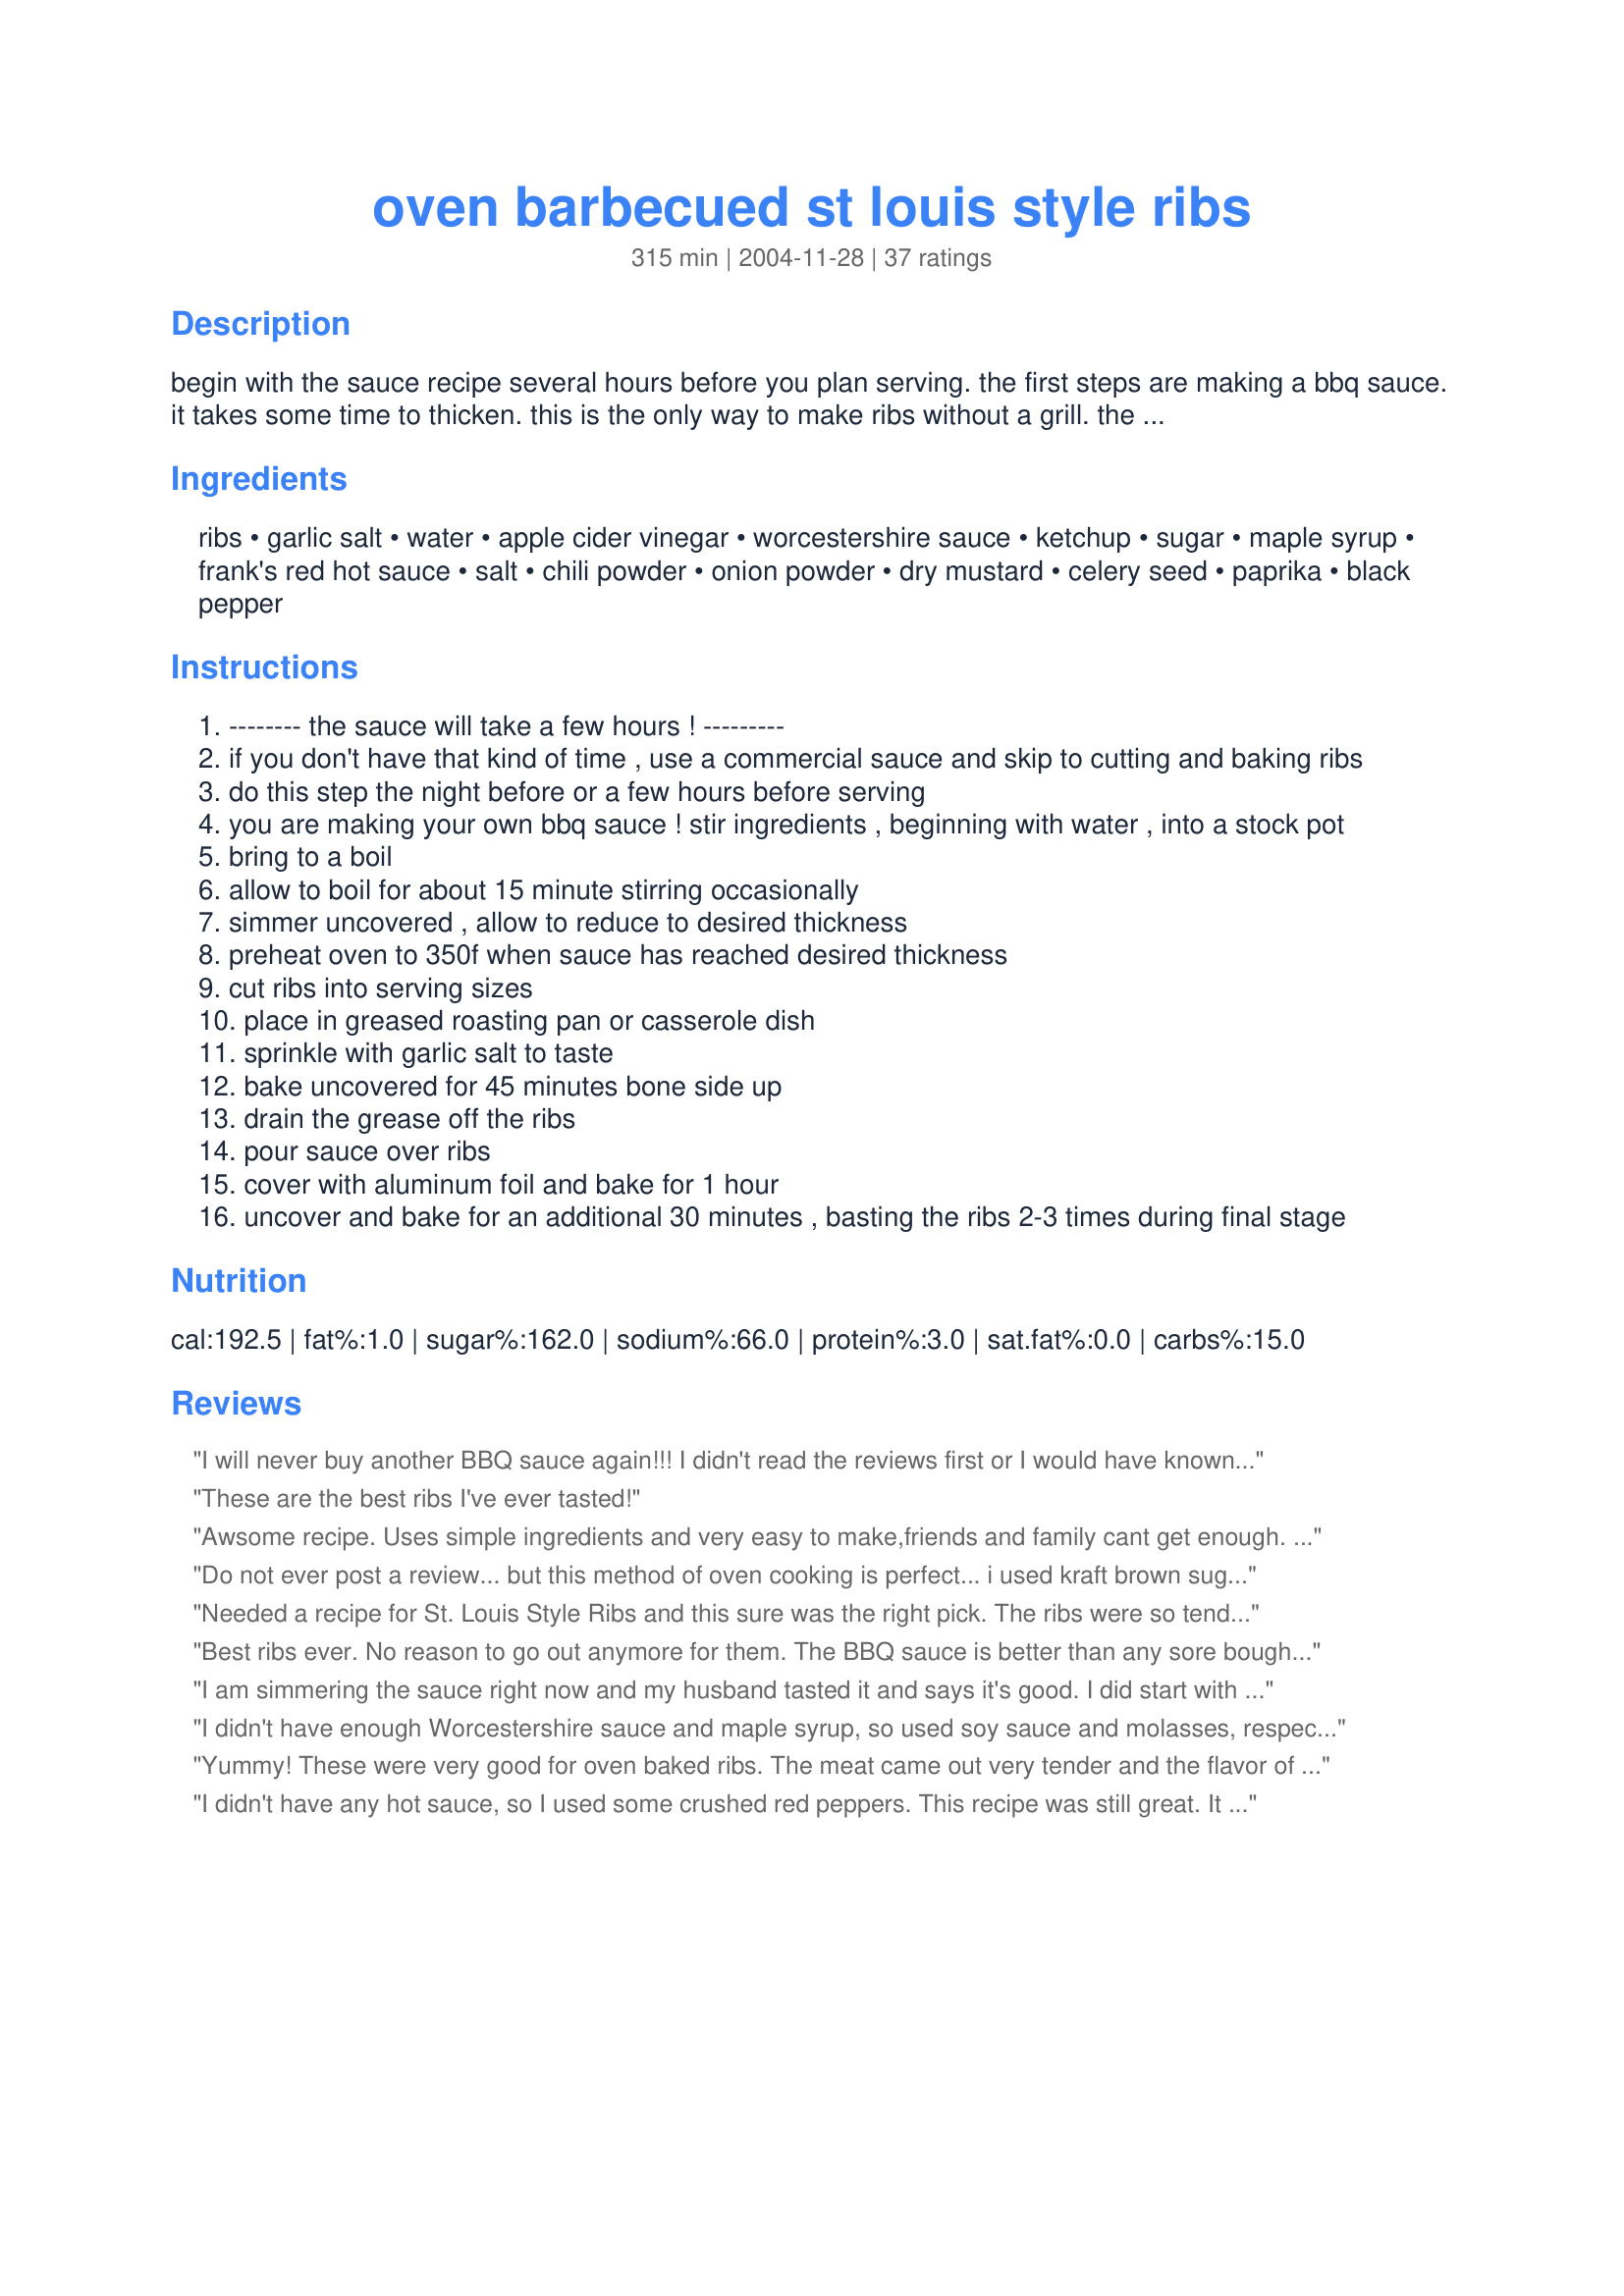
oven barbecued st louis style ribs
Preparation time: 315 minutes

begin with the sauce recipe several hours before you plan serving. the first steps are making a bbq sauce. it takes some time to thicken.

this is the only way to make ribs without a grill. the sauce recipe delivers a sweet-sour tang with a little bite from the vinegar. the ribs always turn out "fallin' off the bone" tender. do not be afraid of the amount of ingredients in this recipe. the bbq sauce can be used on anything. (for an easier time, use a commercial sauce.)

after some reviews i have read, i need to revise my recipe. boiling or simmering the sauce helps to draw flavor by allowing it to thicken or cook off the liquid leaving a condensed sauce. this is called "reducing." you are literally making your own bbq sauce.

Ingredients:
ribs, garlic salt, water, apple cider vinegar, worcestershire sauce, ketchup, sugar, maple syrup, frank's red hot sauce, salt, chili powder, onion powder, dry mustard, celery seed, paprika, black pepper

Steps:
-------- the sauce will take a few hours ! ---------
if you don't have that kind of time , use a commercial sauce and skip to cutting and baking ribs
do this step the night before or a few hours before serving
you are making your own bbq sauce ! stir ingredients , beginning with water , into a stock pot
bring to a boil
allow to boil for about 15 minute stirring occasionally
simmer uncovered , allow to reduce to desired thickness
preheat oven to 350f when sauce has reached desired thickness
cut ribs into serving sizes
place in greased roasting pan or casserole dish
sprinkle with garlic salt to taste
bake uncovered for 45 minutes bone side up
drain the grease off the ribs
pour sauce over ribs
cover with aluminum foil and bake for 1 hour
uncover and bake for an additional 30 minutes , basting the ribs 2-3 times during final stage

Reviews:
I will never buy another BBQ sauce again!!! I didn't read the reviews first or I would have known to cut the water way back. Next time, I'll just start with 1/2 cup. It took over an hour for it to simmer down to the desired thickness. If you don't like a sauce too sweet - reduce or cut out the maple syrup. It doesn't really need it. But we like it!!
These are the best ribs I've ever tasted!
Awsome recipe. Uses simple ingredients and very easy to make,friends and family cant get enough. I dont think Ill ever use any other recipe.
Do not ever post a review... but this method of oven cooking is perfect... i used kraft brown sugar bbq sauce.. cooked it to exact times... it was the best ribs ive ever made.. my mom agreed as i made them for her... next time i am going to allow enough time to make the sauce but any sauce you will use is going to work for this method... 5 stars people!
Needed a recipe for St. Louis Style Ribs and this sure was the right pick. The ribs were so tender and my husband loved the sauce. I would have liked a thicker sauce. Will use this recipe again.
Best ribs ever. No reason to go out anymore for them. The BBQ sauce is better than any sore bought. I have made these about a dozen times now and like to make extra sauce to have on hand.
I am simmering the sauce right now and my husband tasted it and says it's good. I did start with only 1 cup of water to save time. I've never done ribs before, nor has my husband, but I liked the idea of cooking these in the oven. I had read other recipes for St. Louis style ribs that talk about removing a membrane. Does anyone have any experience with this and do we need to do that with this recipe? I'll let you know how we like them after they're done. Thanks for the recipe!
I didn't have enough Worcestershire sauce and maple syrup, so used soy sauce and molasses, respectively. Also omitted the red hot sauce. The recipe was fairly easy to prepare, yet the result was relly good. Will try this with a store bought barbeque sauce, too. Thanks!
Yummy! These were very good for oven baked ribs. The meat came out very tender and the flavor of the sauce was really good. I just wonder what the 1 1/2 cups of water was for? I didn't use it, and if I had added it to the sauce the sauce would have been ruined, and never would have thickened up in the time stated. I think the recipe would be better if the water were removed. Thank you for posting!
I didn't have any hot sauce, so I used some crushed red peppers. This recipe was still great. It was easy and the dish was amazing. Grill diehards beware!
I used a little bit more ketchup and a little bit more maple syrup, and I used cayenne because it was what I had on hand. These ribs are delicious. I have tried about five different sweet sour recipes and this is my favorite of that type so far. Thank you for the recipe.
To die for! This is the 3rd time I've made these ribs, and never to I faulter from the St. Louis style, even though baby backs are sometimes less expensive. Thanks for sharing this delicious recipe!
This is a great recipe! I have made it three times already and each time it has turned out just wonderfully. I actually skipped Franks Hot Sauce (we&#039;re not into really hot, spicy food) and added 2 tsp of Liquid Smoke each time I made it and it sends this already amazing recipe through the roof (after all, what&#039;s BBQ sauce without liquid smoke?).

All this said, I do want to add that you HAVE to take your time making this recipe and allow it to REDUCE. You just have to. I noticed from some reviews that some people seem to be too impatient to let it reduce to a thick sauce, then complain it is too thin. Mine has always turned out nice and thick. But I spend a good one to two hours or so letting it reduce, until it reaches the consistency I want (basically the consistency of store bought BBQ sauce). Also, keep in mind that at first the sauce may taste like it has too much vinegar. That changes as the sauce reduces. Some said the sauce was &#039;too sweet.&#039; I find it just right, but then again, I am not making this sauce to eat it by the spoonful...
Easy to throw together, a great BBQ option when the grill is rained out.
This is the best basic bbq Sauce recipe I ever followed! From their it is easy enough to make it more sweet or more tangy. And the chef is right on about celery seed being able to overpower the batch if too much is used. And that alone seems to be the magic ingredient to this sauce!
Wow.. I'm impressed with the recipe and with what folks wrote. My variations were garlic powder instead of garlic salt, and I used KC Masterpiece original bbq sauce (only I mixed in about a 1/3 cup of dry sherry, and a squirt of Sriracha hot sauce to to the bottled sauce). This was so easy and so fabulous! You will have fun making this delicious and easy rib recipe!
I use this recipe EVERY time I cook spare ribs but I got lazy one day and used a store bought bbq sause .It was delicious and the sauce really stuck to the ribs. I cheat every time and I still get the complements without all the effort.Thanks for the wonderful method!
You should bottle this sauce! The ribs turned out perfect. To cut down on time, I used one half cup of water and simmered until very thick. I used siracha hot sauce because that is what I had on hand. This will be my new baked rib recipe. Thank you for submitting it.
Great recipe! This was my first time trying ribs in the oven. I made the sauce as directed, and I think I simmered it for about an hour, and the recipe says a couple of hours, but I liked the sauce the thickness it was after an hour, so cook until you are happy - it really does make a deliciously flavorful sauce. I typically like my BBQ sauce on the sweet side, and my hubby likes it spicy, and this sauce is less sweet than the bottled stuff I would normally reach for, but has fantastic flavors - spice, a little tang, a very little sweetness. I loved it, and so did the hubby and son. Try making it just like the recipe the first time, and adjust to your liking later. I used a large enameled roasting pan with a lid to bake 6 lbs of ribs with this sauce and used the lid to cover instead of the foil. I turned them bone side up until the last 30 minutes, when I started basting, and rotated them as I basted. I could already tell they were getting to the done point as they were tender and starting to come off the bone and the sauce looked baked on to perfection. These were simply wonderful, especially for someone beginning with ribs and for someone who has no smoker, or no BBQ to cook them on. I felt like the control you have with roasting them in a pan and being able to baste them and control the low oven temperature was definitely a plus. My hubby said definitely make them again. Delicious, tender, flavorful.
Just made this today. Like the other reviewers, I did not add the water. The sauce is excellent. My family does not like spicy foods, so I also did not add the hot sauce. I plan on using the BBQ sauce for other things- it&#039;s that good.
An excellent base for a recipe that produces succulent ribs. <br/><br/>A few notes...... the sauce realistically takes more than an hour to do properly. Instead of celery seed, I have substituted different ingredients to varying success. Pumpkin pie seasoning adds a twist and a pinch of lime juice create a unique sauce too.
Wow, I did the sauce with just one cup of water. I followed all the instructions and it&#039;s so amazing. Is very tasteful. It was the best ribs I ever made.
We have tried many recipies for ribs and this has to be the BEST. Everyone raves about the taste and there never seems to be enough to go around, that is a good thing. Great at the cottage or at home!
I have made this a number of times, now, but the secret isn&#039;t in the sauce...it is in the roasting and baking technique. I use a bottled sauce (Sweet Baby Ray&#039;s Original) and follow the rest of the process to a &#039;T&#039;. The ribs come out moist, tender, and, even when I used riblets or baby backs it is AWESOME! I got the best compliment from my hubby, who isn&#039;t usually a &#039;rib&#039; fan...a friend took us to a &#039;rib&#039; joint a few months ago and they are touted as having &quot;The best ribs in downstate Michigan&quot;. Well, mine are BETTER! I will never use another rib recipe, the process in the roasting and baking make them A#1! Thank you so much!
One of my favorite BBQ Ribs. Tangy but sweet, very well balanced. I have made it many times now and it receives rave review everytime. I do alter the recipe a little though. I put very little or no celery seed and I cut down on sugar just a tag. I also skip the hot sauce. It definitely is a recipe worth keeping.
This recipe just leaves the other barbeque sauces in the dirt. I made this once, and decided I would never do any kind of ribs, any other way. Delicious! I followed the directions exactly.
OohOoh Good! If you are not adding the water or your sauce is too thin...you are not simmering for long enough - I boiled mine for a good 25 minutes, cut the boil to a simmer and cooked it for 3 hours. Had to add more liquid twice, I added chicken stock I had leftover. If you don't like it so sweet you could add prepared mustard 1/8th of a cup and only add 1/8th of a cup of maple syrup, or 1/2 cup of catsup and 1/2 cup tomato paste. Came out thick and smoky, ribs were tender and I received raves.
Thank goodness I found your recipe, I Googled last minute. The entire method was super easy to follow and super delicious! Everyone especially my husband loved the ribs. Would make it all over again. I had to make substitutions since I didn&#039;t have all the ingredients and it was still super delicious. Can&#039;t imagine how good it will be next time I add every ingredient listed. :) Thank you!
Delicious! Loved the flavor! Family liked it too! I think I probably boiled the sauce down too far so I won't do that again but the flavor was great! Thanks for the recipe!!
I used sugar free maple syrup, but didn't change anything else. The ribs taste sweet with a kick, but it seems like they're missing something. Perhaps next time I'll use pure maple syrup.
I tried this recipe but I used Jack Daniel&#039;s Original No. 7 Recipe Barbecue Sauce. These are the best ribs I have ever eaten. This will be the only way I cook my ribs.
I have made this recipe a couple of times now and it always comes out great. This recipe has never come out to thin for me. I think some of the other reviewers did not cook their sauce long enough. I double the recipe so I have extra sauce to use. Yummy!
Omg is delish and well worth the time and effort involved. This is my new go-to recipe for ribs
this will be the second time I have used this recipe. the sauce is great! the only thing I changed was molasses for the maple syrup. great food on a clod winters day!
Really good ribs and easy to make, too! I did use my own sauce recipe, but the method worked great.
I was feeling too lazy to fire up the grill and this recipe hit the spot. I reduced the water to 1/2 cup as well. I will make it again, thanks.
The sauce was good but too sweet for us. I followed the recipe and wish now I hadn't added all the water because the sauce was too thin, as another reviewer stated. Guess I should have taken their advice!
